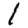
Digit: 1